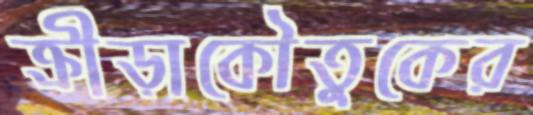
ক্রীড়াকৌতুকের